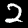
Label: 2